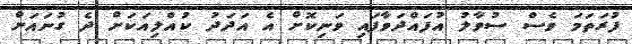
ފުރަތަމަ ވެސް ސުވާލު އުފައްދަވާފައި ވަނިކޮށް އެ އަދަދު ކުއްލިއަކަށް ދެ ގުނައަށް